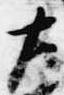
左